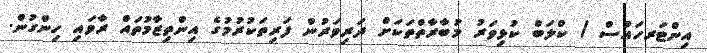
އިންޓަރހައުސް / ކްލަބް ކުޅިވަރު މުބާރާތްތަކަށް ދަރިވަރުން ފަރިތަކުރުމުގެ އިންތިޒާމުތައް ރާވައި ހިންގުން.